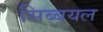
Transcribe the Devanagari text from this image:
सिब्बयल